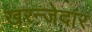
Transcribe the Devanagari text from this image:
खरन्जेदार